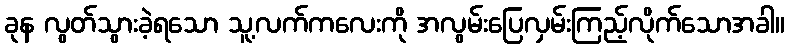
ခုန လွတ်သွားခဲ့ရသော သူ့လက်ကလေးကို အလွမ်းပြေလှမ်းကြည့်လိုက်သောအခါ။